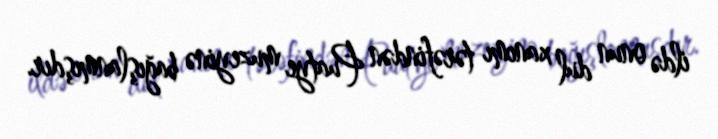
ildə onun dul xanımı tərəfindən Puatye muzeyinə bağışlanmışdır.